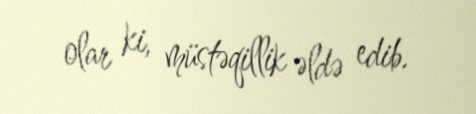
olar ki, müstəqillik əldə edib.